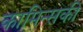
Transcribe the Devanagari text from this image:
कामिन्सकी